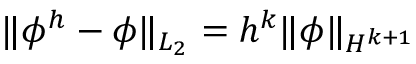
\| \phi ^ { h } - \phi \| _ { L _ { 2 } } = h ^ { k } \| \phi \| _ { H ^ { k + 1 } }